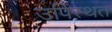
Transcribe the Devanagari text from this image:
उपिंस्थत